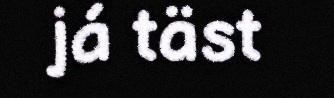
já täst